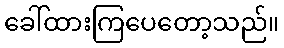
ခေါ်ထားကြပေတော့သည်။